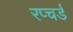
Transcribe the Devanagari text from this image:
रप्चर्ड